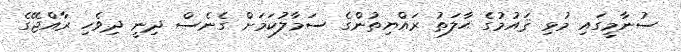
ސުނާމީގައި މުޅި ޤައުމުގެ ޙާލަތު ރައްޔިތުންގެ ސަމާލުކަމަށް ގެނެސް ދިނީ ދިވެހި ރާއްޖޭގެ